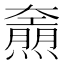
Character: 𤑌